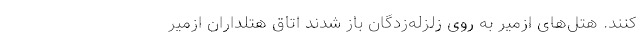
کنند. هتل‌های ازمیر به روی زلزله‌زدگان باز شدند اتاق هتلداران ازمیر